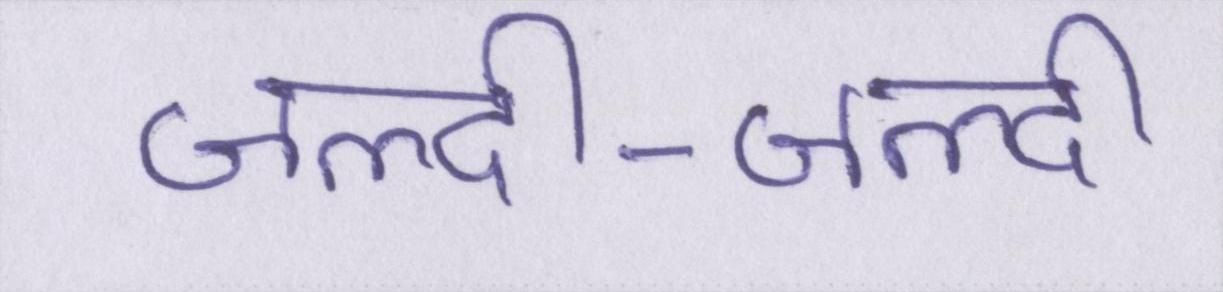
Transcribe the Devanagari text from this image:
जल्दी-जल्दी